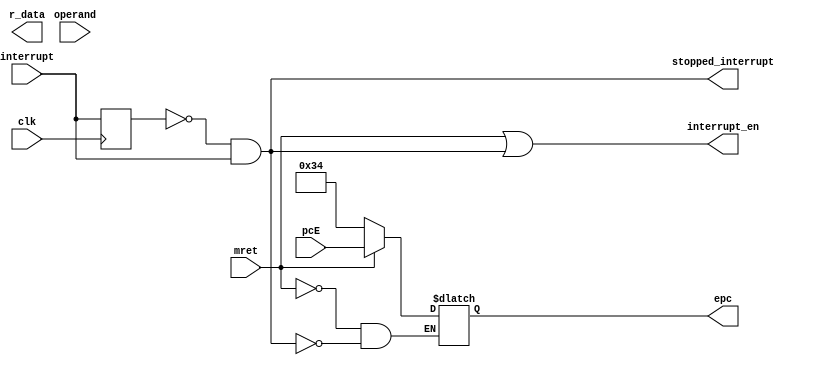
`timescale 1ns / 1ps
//////////////////////////////////////////////////////////////////////////////////
// Company: 
// Engineer: 
// 
// Design Name: 
// Module Name: CSR
// Project Name: 
// Target Devices: 
// Tool Versions: 
// Description: 
// 
// Dependencies: 
// 
// Revision:
// Revision 0.01 - File Created
// Additional Comments:
// 
//////////////////////////////////////////////////////////////////////////////////


module CSR(input [31:0] pcE,
           input interrupt,mret,clk,
           input [31:0] operand,
           output reg [31:0] epc,r_data,
           output stopped_interrupt,interrupt_en);

    reg delay;
    reg [31:0] ret;
    reg [31:0] CSR_IP;
    assign interrupt_en = mret | stopped_interrupt;
    always @(posedge clk)
        delay = interrupt; 
    assign stopped_interrupt = ~delay & interrupt;
    always @(*)
    begin
        if(stopped_interrupt)
        begin
            epc = 32'd52;  //ISR address
            ret = pcE;
        end
        if(mret)
            epc = ret;
    end
endmodule